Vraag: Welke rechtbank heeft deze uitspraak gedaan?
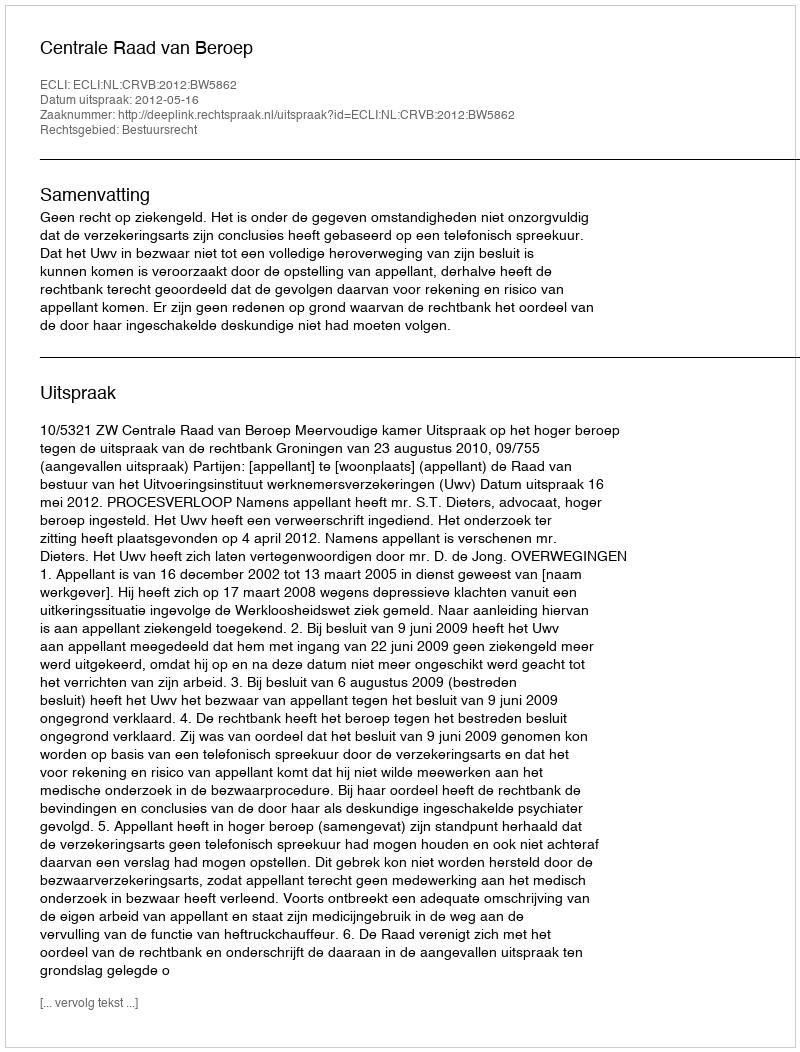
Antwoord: Centrale Raad van Beroep